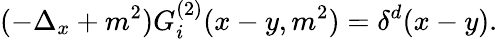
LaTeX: (-\Delta_{x}+m^{2})G_{i}^{(2)}(x-y,m^{2})=\delta^{d}(x-y).